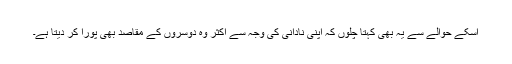
اسکے حوالے سے یہ بھی کہتا چلوں کہ اپنی نادانی کی وجہ سے اکثر وہ دوسروں کے مقاصد بھی پورا کر دیتا ہے۔